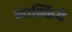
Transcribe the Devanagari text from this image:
कार्स्किये